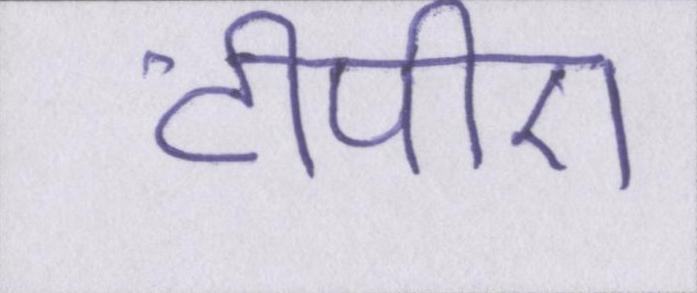
टीपीए